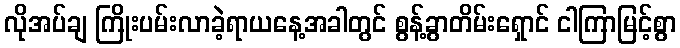
လိုအပ်ချ ကြိုးပမ်းလာခဲ့ရာယနေ့အခါတွင် စွန့်ခွာတိမ်းရှောင် ငါကြာမြင့်စွာ